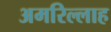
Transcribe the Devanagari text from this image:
अमरिल्लाह